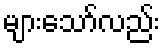
များသော်လည်း